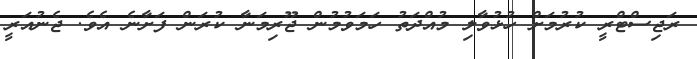
ރަޖިސްޓްރީ ކުރުމަށް ހުޅުވާލި މުއްދަތު ހަމަވުމުން ޖޫރިމަނާ ކުރަން ފަށާނެ އެވެ. ޖެނުއަރީ